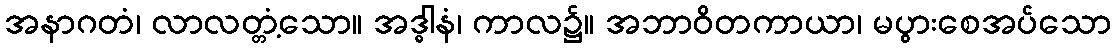
အနာဂတံ၊ လာလတ္တံ့သော။ အဒ္ဓါနံ၊ ကာလ၌။ အဘာဝိတကာယာ၊ မပွားစေအပ်သော